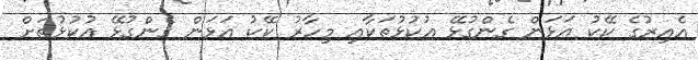
އެއިރުގެ ކޭކު އަޅަން ގެންގުޅޭ އުކުޅުތަކާއި މިހާރު ކޭކު އަޅަން ގެންގުޅޭ އުކުޅުތަށް